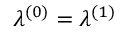
\lambda ^ { ( 0 ) } = \lambda ^ { ( 1 ) }